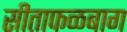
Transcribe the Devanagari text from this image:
सीताफळबाग